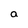
Character: a